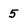
Character: 5